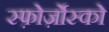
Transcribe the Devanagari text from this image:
स्फ़ोर्ज़ोस्को